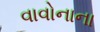
વાવોનાના